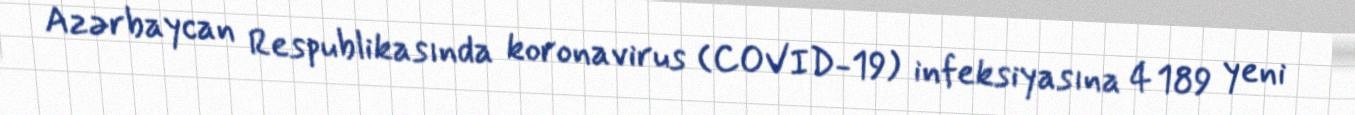
Azərbaycan Respublikasında koronavirus (COVID-19) infeksiyasına 4 189 yeni